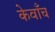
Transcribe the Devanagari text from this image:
केवाँच